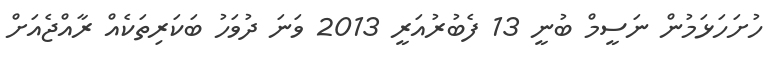
ހުށަހަޅަމުން ނަސީމް ބުނީ 13 ފެބުރުއަރީ 2013 ވަނަ ދުވަހު ބަކަރިތަކެއް ރާއްޖެއަށް